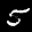
Label: 5